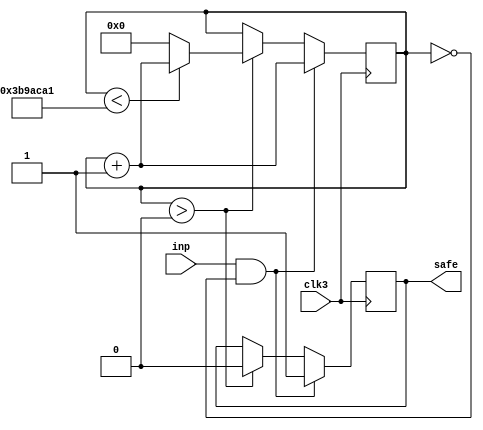
module safeinput (inp,clk3,safe); 
	input inp,clk3; 
	output reg safe; 
reg [63:0] zed; 
always@(posedge clk3)
	begin 
		if (inp==1 & zed==0)
			begin 
				safe <= 1; 
				zed <= zed +1; 
			end 
		else 
			begin 
				if (zed>0) 
					begin safe <=0; 
						if (zed<62500001) zed<=zed+1; 
						else zed<=0; 
					end 
			end 
	end 
endmodule